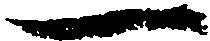
一